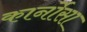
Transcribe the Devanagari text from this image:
कार्नोसा